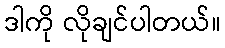
ဒါကို လိုချင်ပါတယ်။